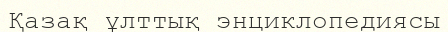
Қазақ ұлттық энциклопедиясы